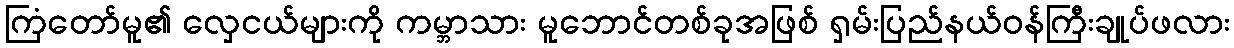
ကြံတော်မူ၏ လှေငယ်များကို ကမ္ဘာသား မူဘောင်တစ်ခုအဖြစ် ရှမ်းပြည်နယ်ဝန်ကြီးချုပ်ဖလား